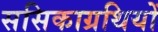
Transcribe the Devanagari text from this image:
ससिकाग्रथियों